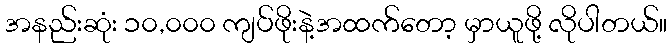
အနည်းဆုံး ၁၀,၀၀၀ ကျပ်ဖိုးနဲ့အထက်တော့ မှာယူဖို့ လိုပါတယ်။